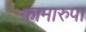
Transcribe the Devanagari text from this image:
कामारुपा